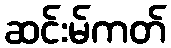
ဆင်းမ်ကတ်